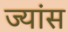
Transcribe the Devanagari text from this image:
ज्यांस